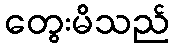
တွေးမိသည်